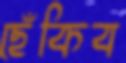
ছেঁকিব